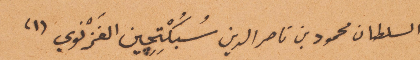
السلطان محمود بن ناصر الدين سُبكُتجين الغَرْنوي (١)